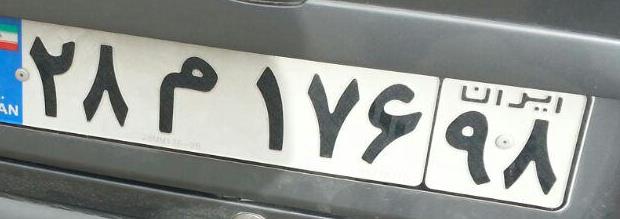
۲۸م۱۷۶۹۸